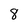
Character: 8